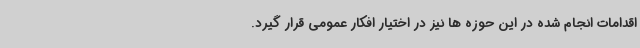
اقدامات انجام شده در این حوزه ها نیز در اختیار افکار عمومی قرار گیرد.